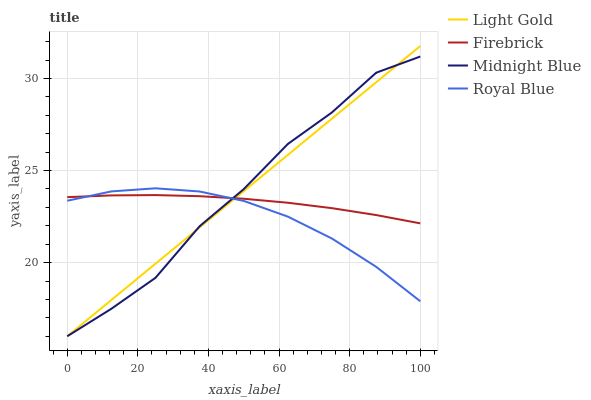
| xaxis_label | Light Gold | Firebrick | Midnight Blue | Royal Blue |
 | --- | --- | --- | --- | --- |
 | 0 | 16 | 23.6 | 16 | 23.4 |
 | 12.5 | 18 | 23.6 | 17.5 | 23.9 |
 | 25 | 19.9 | 23.7 | 19.2 | 24 |
 | 37.5 | 21.9 | 23.6 | 22 | 23.9 |
 | 50 | 23.9 | 23.5 | 24 | 23.3 |
 | 62.5 | 25.9 | 23.3 | 26.4 | 22.5 |
 | 75 | 27.8 | 23 | 28.2 | 21.3 |
 | 87.5 | 29.8 | 22.6 | 30.3 | 19.8 |
 | 100 | 31.8 | 22.1 | 31.2 | 17.9 |